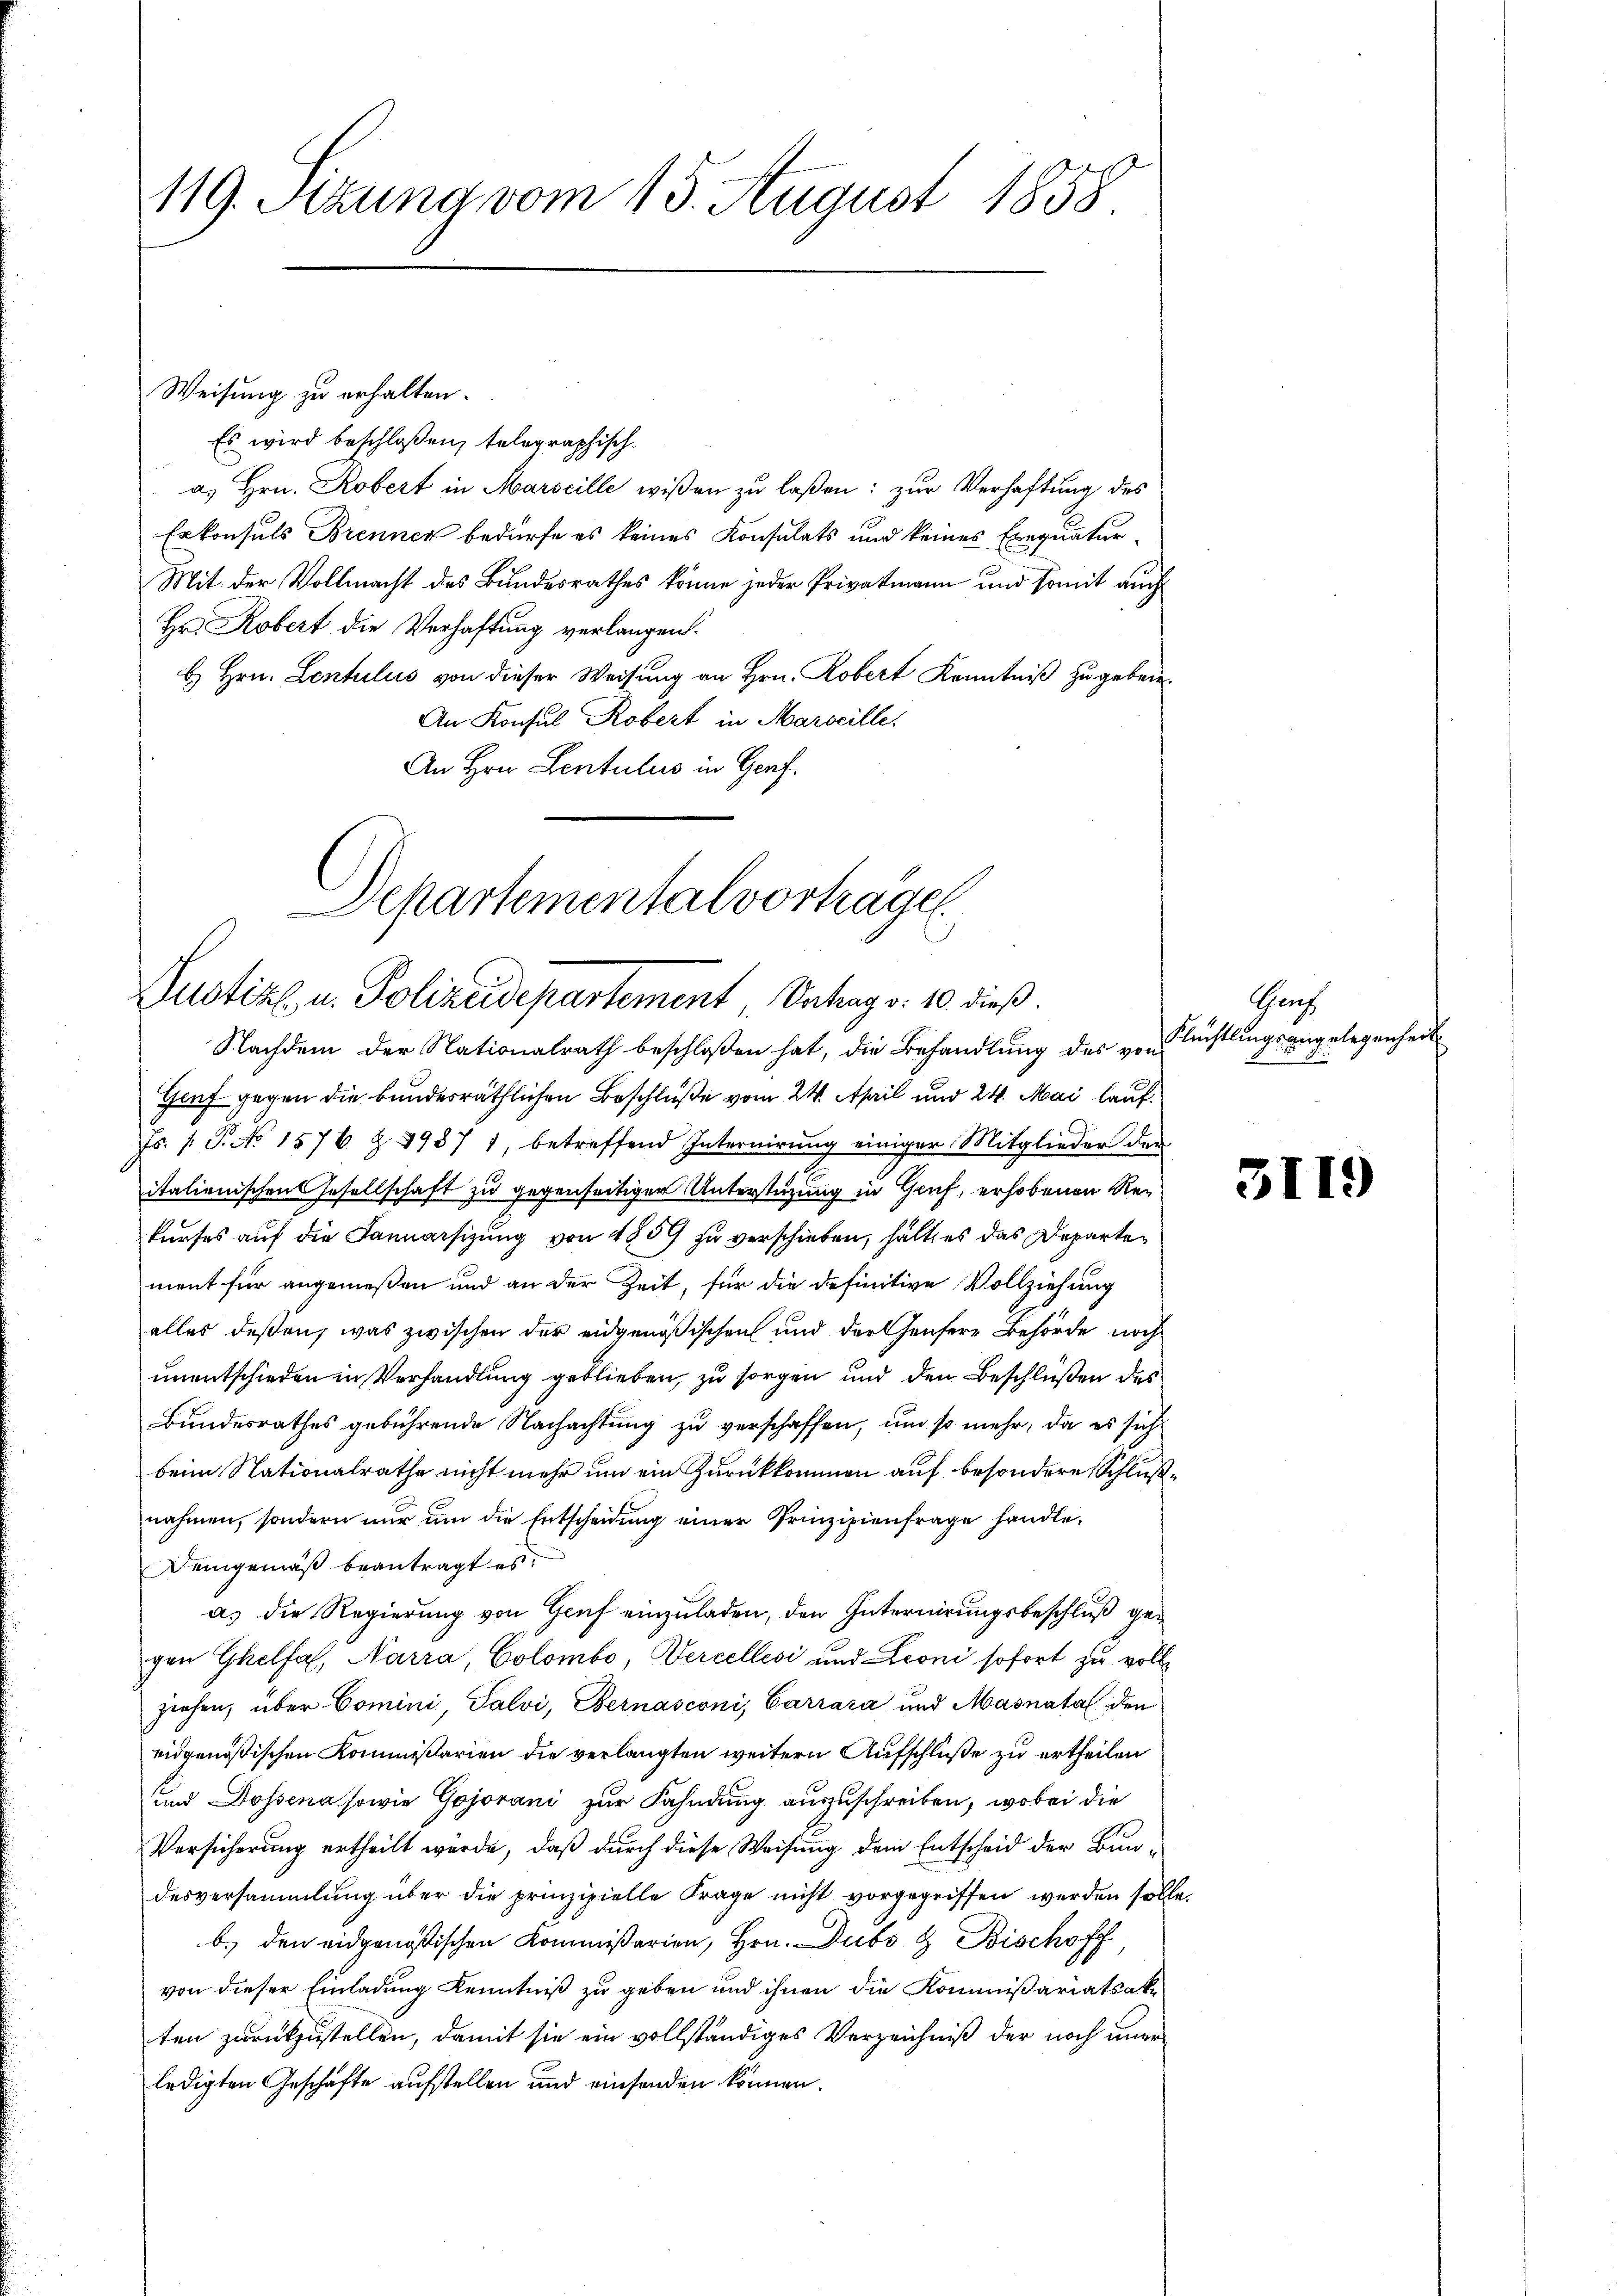
119. Stund vom 15. August 1858

Weisung zu erhalten.
Es wird beschloßen, telegraphisch.
a. Hrn. Robert in Marseille wißen zu laßen: zur Verhaftung des
Erkonsuls Brenner bedürfe es keines Konsulats und keines Exequatur-
Mit der Vollmacht des Bundesrathes könne jeder Privatmann und somit auch
Hr. Robert die Verhaftung verlangen.
b. Hrn. Lentuliis von dieser Weisung an Hrn. Robert Kenntniß zu geben¬
An Konsul Robert in Marseille.
An Hrn. Lentulus in Genf.
Departementalverhagen

Justiz u. Polizeidepartement, Unhag v. 10. dieß.

Nachdem der Nationalrath beschloßen hat, die Behandlung des von
Genf gegen die bundesräthlichen Beschluße vom 24. April und 24. Mai lauf¬
Js. s. S. No 1576 § 1987 1, betreffend Internirŭng einiger Mitglieder der
italienischen Gesellschaft zu gegenseitiger Unterstüzung in Genf, erhobenen Rekurses auf die Januarsizung von 1859 zu verschieben, hält es das Departement für angemeßen und an der Zeit, für die definitive Vollziehung
alles deßen, was zwischen der eidgenößischen und der Genfere Behörde noch
unentschieden in Verhandlung geblieben, zu sorgen und den Beschlüßen des
Bundesrathes gebührende Nachachtung zu verschaffen, um so mehr, da es sich
beim Nationalrathe nicht mehr um ein Zurückkommen auf besondere Schlußnahmen, sondern nur um die Entscheidung einer Prinzipienfrage handle¬
Demgemäß beantragt es
a) die Regierung von Genf einzuladen, den Internirungsbeschluß gegen Ghelfal, Narra Colombo, Percellesi und Leoni sofort zu vollziehen, über Comini, Salvi, Bernasconi, Carrara und Masnata den
eidgenößischen Kommißarien die verlangten weitern Aufschluße zu ertheilen
und Dossena sowie Gojorani zur Fahndung auszuschreiben, wobei die
Versicherung ertheilt wurde, daß durch diese Weisung dem Entscheid der Bundesversammlung über die prinzipielle Frage nicht vorgegriffen werden solle.
b.) den eidgenößischen Kommißarien, Hrn. Dubo & Bischoff
von dieser Einladung Kenntniß zu geben und ihnen die Kommißariatsake
ten zurückzustellen, damit sie ein vollständiges Verzeichniß der noch ungeledigten Geschäfte aufstellen und einsenden können.

Ganz
Flüchtlingsangelegenheit

3119)